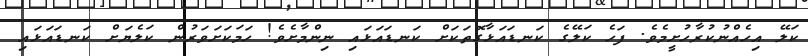
ކަލޭ އިހެއްނުކުރާހުށީމެވެ. ފަހެ ކަލޭގެ ކަނޑައަޅާގޮތަކަށް ކަނޑައަޅައި ނިންމާށެވެ! ހަމަކަށަވަރުން ކަލެޔަށް ކަނޑައަޅައި